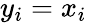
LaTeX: y_{i}=x_{i}